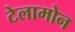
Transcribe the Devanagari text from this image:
टेलामोन